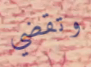
وتقضي